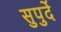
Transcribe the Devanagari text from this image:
सुपुर्दे